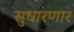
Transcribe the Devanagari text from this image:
सुधारणार